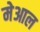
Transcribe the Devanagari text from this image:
मेआल